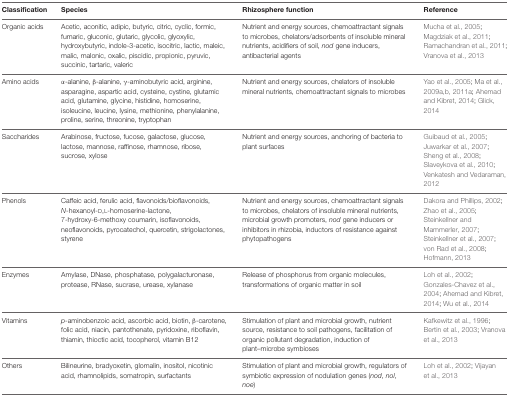
<table><thead><tr><td><b>Classification</b></td><td><b>Species</b></td><td><b>Rhizosphere function</b></td><td><b>Reference</b></td></tr></thead><tbody><tr><td>Organic acids</td><td>Acetic, aconitic, adipic, butyric, citric, cyclic, formic, fumaric, gluconic, glutaric, glycolic, glyoxylic, hydroxybutyric, indole-3-acetic, isocitric, lactic, maleic, malic, malonic, oxalic, piscidic, propionic, pyruvic, succinic, tartaric, valeric</td><td>Nutrient and energy sources, chemoattractant signals to microbes, chelators/adsorbents of insoluble mineral nutrients, acidifiers of soil, <i>nod</i> gene inducers, antibacterial agents</td><td>Mucha et al., 2005; Magdziak et al., 2011; Ramachandran et al., 2011; Vranova et al., 2013</td></tr><tr><td>Amino acids</td><td>α-alanine, β-alanine, γ-aminobutyric acid, arginine, asparagine, aspartic acid, cysteine, cystine, glutamic acid, glutamine, glycine, histidine, homoserine, isoleucine, leucine, lysine, methionine, phenylalanine, proline, serine, threonine, tryptophan</td><td>Nutrient and energy sources, chelators of insoluble mineral nutrients, chemoattractant signals to microbes</td><td>Yao et al., 2005; Ma et al., 2009a,b, 2011a; Ahemad and Kibret, 2014; Glick, 2014</td></tr><tr><td>Saccharides</td><td>Arabinose, fructose, fucose, galactose, glucose, lactose, mannose, raffinose, rhamnose, ribose, sucrose, xylose</td><td>Nutrient and energy sources, anchoring of bacteria to plant surfaces</td><td>Guibaud et al., 2005; Juwarkar et al., 2007; Sheng et al., 2008; Slaveykova et al., 2010; Venkatesh and Vedaraman, 2012</td></tr><tr><td>Phenols</td><td>Caffeic acid, ferulic acid, flavonoids/bioflavonoids, <i>N</i>-hexanoyl-D,L-homoserine-lactone, 7-hydroxy-6-methoxy coumarin, isoflavonoids, neoflavonoids, pyrocatechol, quercetin, strigolactones, styrene</td><td>Nutrient and energy sources, chemoattractant signals to microbes, chelators of insoluble mineral nutrients, microbial growth promoters, <i>nod</i> gene inducers or inhibitors in rhizobia, inductors of resistance against phytopathogens</td><td>Dakora and Phillips, 2002; Zhao et al., 2005; Steinkellner and Mammerler, 2007; Steinkellner et al., 2007; von Rad et al., 2008; Hofmann, 2013</td></tr><tr><td>Enzymes</td><td>Amylase, DNase, phosphatase, polygalacturonase, protease, RNase, sucrase, urease, xylanase</td><td>Release of phosphorus from organic molecules, transformations of organic matter in soil</td><td>Loh et al., 2002; Gonzales-Chavez et al., 2004; Ahemad and Kibret, 2014; Wu et al., 2014</td></tr><tr><td>Vitamins</td><td><i>p</i>-aminobenzoic acid, ascorbic acid, biotin, β-carotene, folic acid, niacin, pantothenate, pyridoxine, riboflavin, thiamin, thioctic acid, tocopherol, vitamin B12</td><td>Stimulation of plant and microbial growth, nutrient source, resistance to soil pathogens, facilitation of organic pollutant degradation, induction of plant–microbe symbioses</td><td>Kafkewitz et al., 1996; Bertin et al., 2003; Vranova et al., 2013</td></tr><tr><td>Others</td><td>Bilineurine, bradyoxetin, glomalin, inositol, nicotinic acid, rhamnolipids, somatropin, surfactants</td><td>Stimulation of plant and microbial growth, regulators of symbiotic expression of nodulation genes (<i>nod</i>, <i>nol</i>, <i>noe</i>)</td><td>Loh et al., 2002; Vijayan et al., 2013</td></tr></tbody></table>